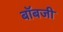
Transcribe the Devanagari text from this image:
बॉबजी